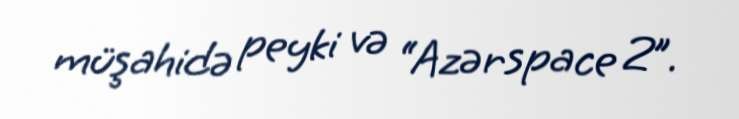
müşahidə peyki və “Azərspace 2”.